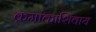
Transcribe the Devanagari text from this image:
क्रमांकाशिवाय